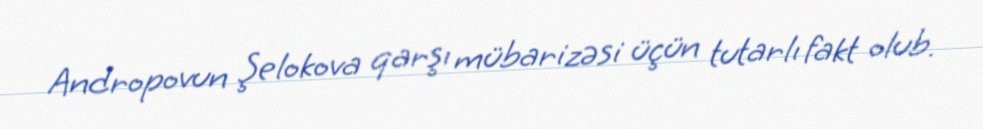
Andropovun Şelokova qarşı mübarizəsi üçün tutarlı fakt olub.